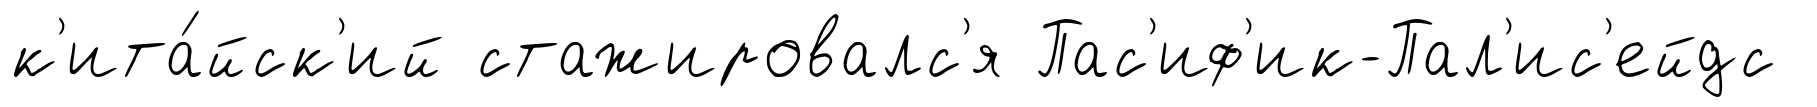
к'ита́йск'ий стажировалс'я Пас'иф'ик-Пал'ис'ейдс